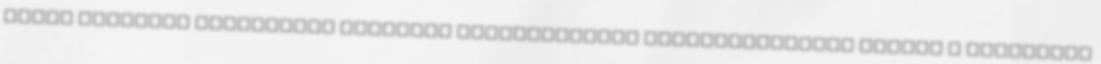
mégis kevesebb sürgősségi osztályt működtetnének Izomsorvadással járhat a középkorú